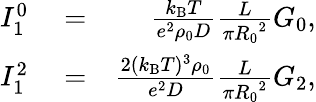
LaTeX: \begin{array}{rlr}{I_{1}^{0}}&{{}=}&{\frac{k_{\mathrm{B}}T}{e^{2}\rho_{0}D}\frac{L}{\pi{R_{0}}^{2}}G_{0},}\\ {I_{1}^{2}}&{{}=}&{\frac{2(k_{\mathrm{B}}T)^{3}\rho_{0}}{e^{2}D}\frac{L}{\pi{R_{0}}^{2}}G_{2},}\end{array}